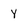
Character: y